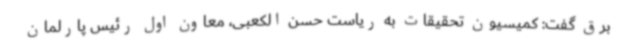
برق گفت: کمیسیون تحقیقات به ریاست حسن الکعبی، معاون اول رئیس پارلمان